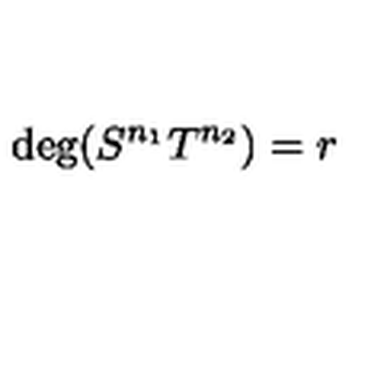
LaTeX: \mathrm { d e g } ( S ^ { n _ { 1 } } T ^ { n _ { 2 } } ) = r